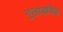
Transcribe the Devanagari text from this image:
गुलाबसिह